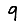
Digit: 9